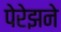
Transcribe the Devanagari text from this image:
पेरेझने